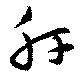
肝